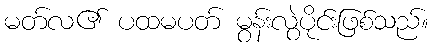
မတ်လ၏ ပထမပတ် မွန်းလွဲပိုင်းဖြစ်သည်။